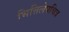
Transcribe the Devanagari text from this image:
भित्तिलेपचित्र